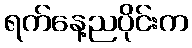
ရက်နေ့ညပိုင်းက